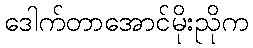
ဒေါက်တာအောင်မိုးညိုက